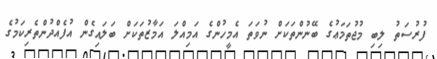
ފުރުސަތު ލިބި މުޖުތަމަޢުގެ ބޭނުންތަކަށް ނުވަތަ އެމީހުންގެ އަމިއްލަ އަމާޒުތަކަށް ބަލައިގެން އުފެއްދުންތެރިކަމުގެ